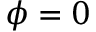
\phi = 0